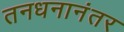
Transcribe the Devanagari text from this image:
तनधनानंतर